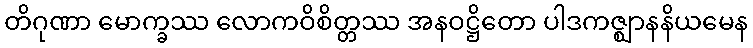
တိဂုဏာ မောက္ခဿ လောကဝိစိတ္တဿ အနဝဋ္ဌိတော ပါဒကဇ္ဈာနနိယမေန